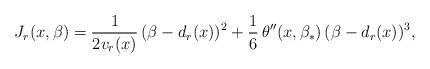
LaTeX: \begin{align*}J_r(x,\beta) = \frac{1}{2v_r(x)}\,(\beta-d_r(x))^2 + \frac{1}{6}\,\theta''(x,\beta_*)\,(\beta-d_r(x))^3,\end{align*}